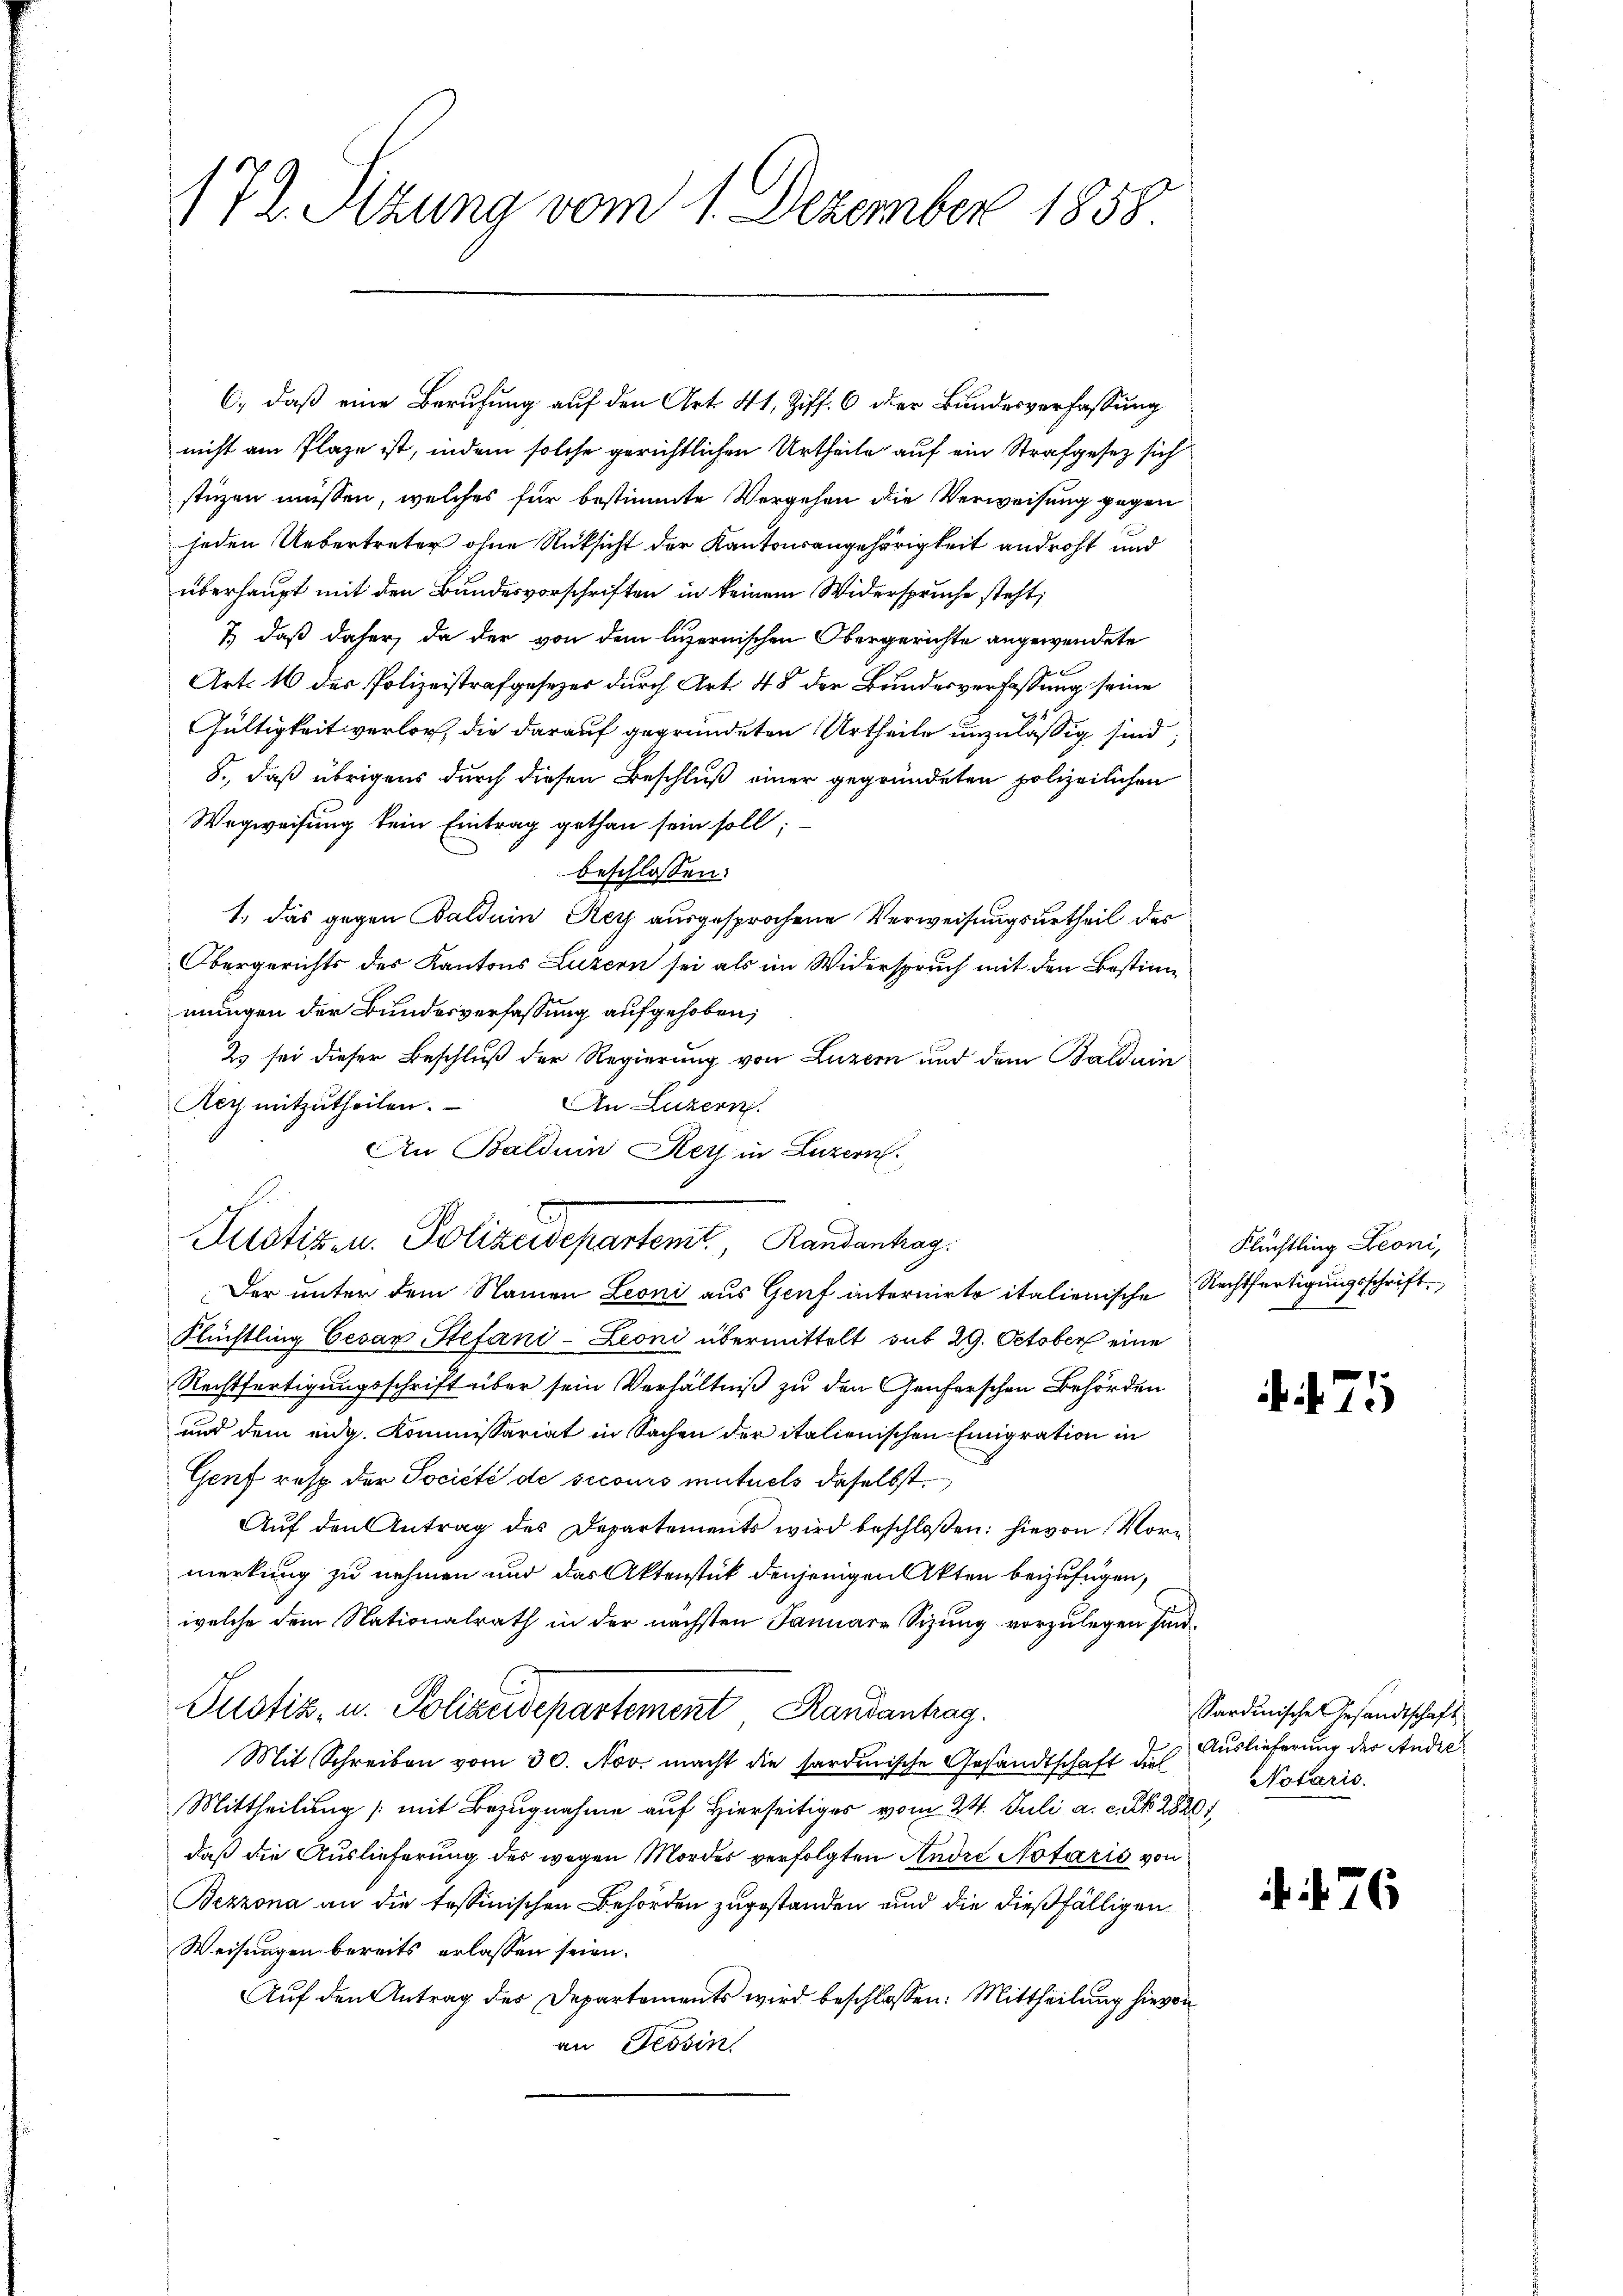
172. Sizung vom 1. Dezember 1858.

C.) daß eine Berufung auf den Art. 41, Ziff. 6 der Bundesverfassung
nicht am Plaze ist, indem solche gerichtlichen Urtheile auf ein Strafgesez sich
stüzen müssen, welches für bestimmte Vergehen die Verweisung gegen
jeden Uebertreter ohne Rücksicht der Kantonsangehörigkeit androht und
überhaupt mit den Bundesvorschriften in keinem Widerspruche steht,
7.) daß daher, da der von dem luzernischen Obergerichte angewendete
Art. 16 des Polizeistrafgesezer durch Art. 48 der Bundesverfassung seine
Gültigkeit verlor, die darauf gegründeten Urtheile unzuläßig sind,
8., daß übrigens durch diesen Beschluß einer gegründeten polizeilichen
Wegweisung kein Eintrag gethan sein soll;
beschlossen:
1., das gegen Baldein Rey ausgesprochene Verweisungsurtheil des
Obergerichts des Kantons Luzern sei als im Widerspruch mit den Bestimmungen der Bundesverfassung aufgehoben,
2 sei dieser Beschluß der Regierung von Luzern und dem Balduin
Acy mitzutheilen.
An Luzern.
An Balduin Rey in Luzern

c
Justiz- u. Polizeidepartemt. Randantrag

Der unter dem Namen Leoni aus Genf internirte italienische Rechtfertigungsschrift¬
Flüchtling Cesar Stefani-Leoni übermittelt sub 29. October eine
Rechtfertigungsschrift über sein Verhältniß zu den Genferschen Behörden
und dem eidg. Kommissariat in Sachen der italienischen Emigration in
Genf resp. der Société de secours mutuels daselbst.
Auf den Antrag des Departements wird beschloßen: hievon Vormerkung zu nehmen und das Aktenstück denjenigen Akten beizufügen,
welche dem Nationalrath in der nächsten Januare Sizung vorzulegen sind.
Pustiz- u. Polizeidepartement Randanhag
Mit Schreiben vom 30. Nov. macht die sardinische Gesandtschaft des Auslieferung der Andre¬
Mittheilung (mit Bezugnahme auf Hierseitiges vom 24. Juli a. c. N. 28201
daß die Auslieferung des wegen Mordes verfolgten Andre Notaris von
Bezzona an die tessinischen Behörden zugestanden und die dießfälligen
Weisungen bereits erlassen seien.
Auf den Antrag des Departements wird beschlossen: Mittheilung hievon
an Tessin

Flüchtling Leoni,

.471

Sardinische Gesandtschaft
Notaris.

76